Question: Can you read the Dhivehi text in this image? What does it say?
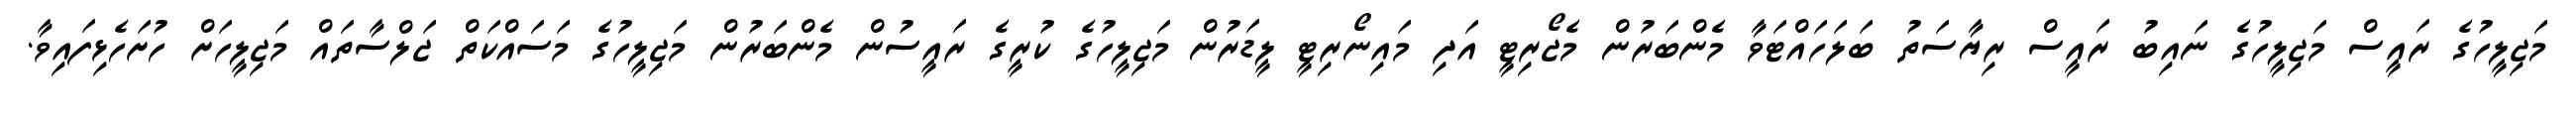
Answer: މަޖިލީހުގެ ރައީސް މަޖިލީހުގެ ނައިބު ރައީސް ރިޔާސަތު ބަލަހައްޓަވާ މެންބަރުން މެޖޯރިޓީ އަދި މައިނޯރިޓީ ލީޑަރުން މަޖިލީހުގެ ކުރީގެ ރައީސުން މެންބަރުން މަޖިލީހުގެ މަސައްކަތް ޖަލްސާތައް މަޖިލީހަށް ހުށަހެޅިފައިވާ.